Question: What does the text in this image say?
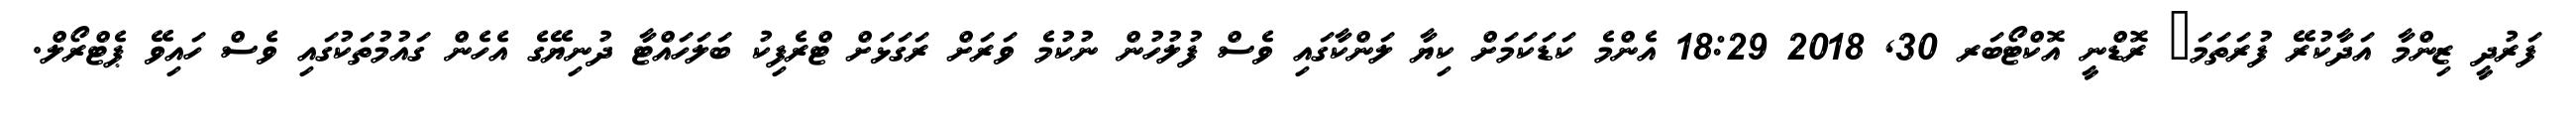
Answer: ފަރުދީ ޒިންމާ އަދާކުރޭ ފުރަތަމަ? ރޮޑްނީ އޮކްޓޯބަރ 30, 2018 18:29 އެންމެ ކަޑަކަމަށް ކިޔާ ލަންކާގައި ވެސް ފުލުހުން ނުކުމެ ވަރަށް ރަގަޅަށް ޓްރެފިކު ބަލަހައްޓާ ދުނިޔޭގެ އެހެން ގައުމުތަކުގައި ވެސް ހައިވޭ ޕެޓްރޯލް.